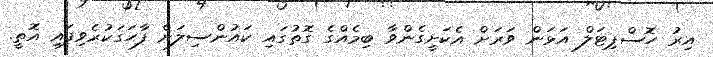
އިރު ހޮސްޕިޓަލް އަޅަން ވަރަށް އެކަށީގެންވާ ބިމެއްގެ ގޮތުގައި ކައުންސިލަށް ފާހަގަކުރެވިފައި އޮތީ.